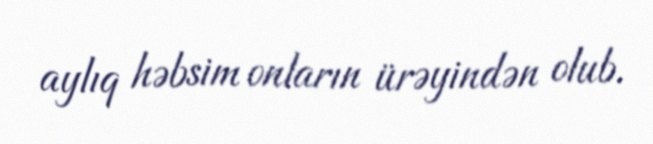
aylıq həbsim onların ürəyindən olub.